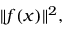
\| f ( x ) \| ^ { 2 } ,